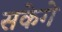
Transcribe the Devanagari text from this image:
सकेगे